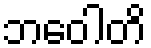
ဘဝေါတိ